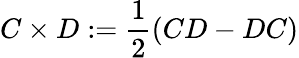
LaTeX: C\times D:={\frac{1}{2}}(CD-DC)